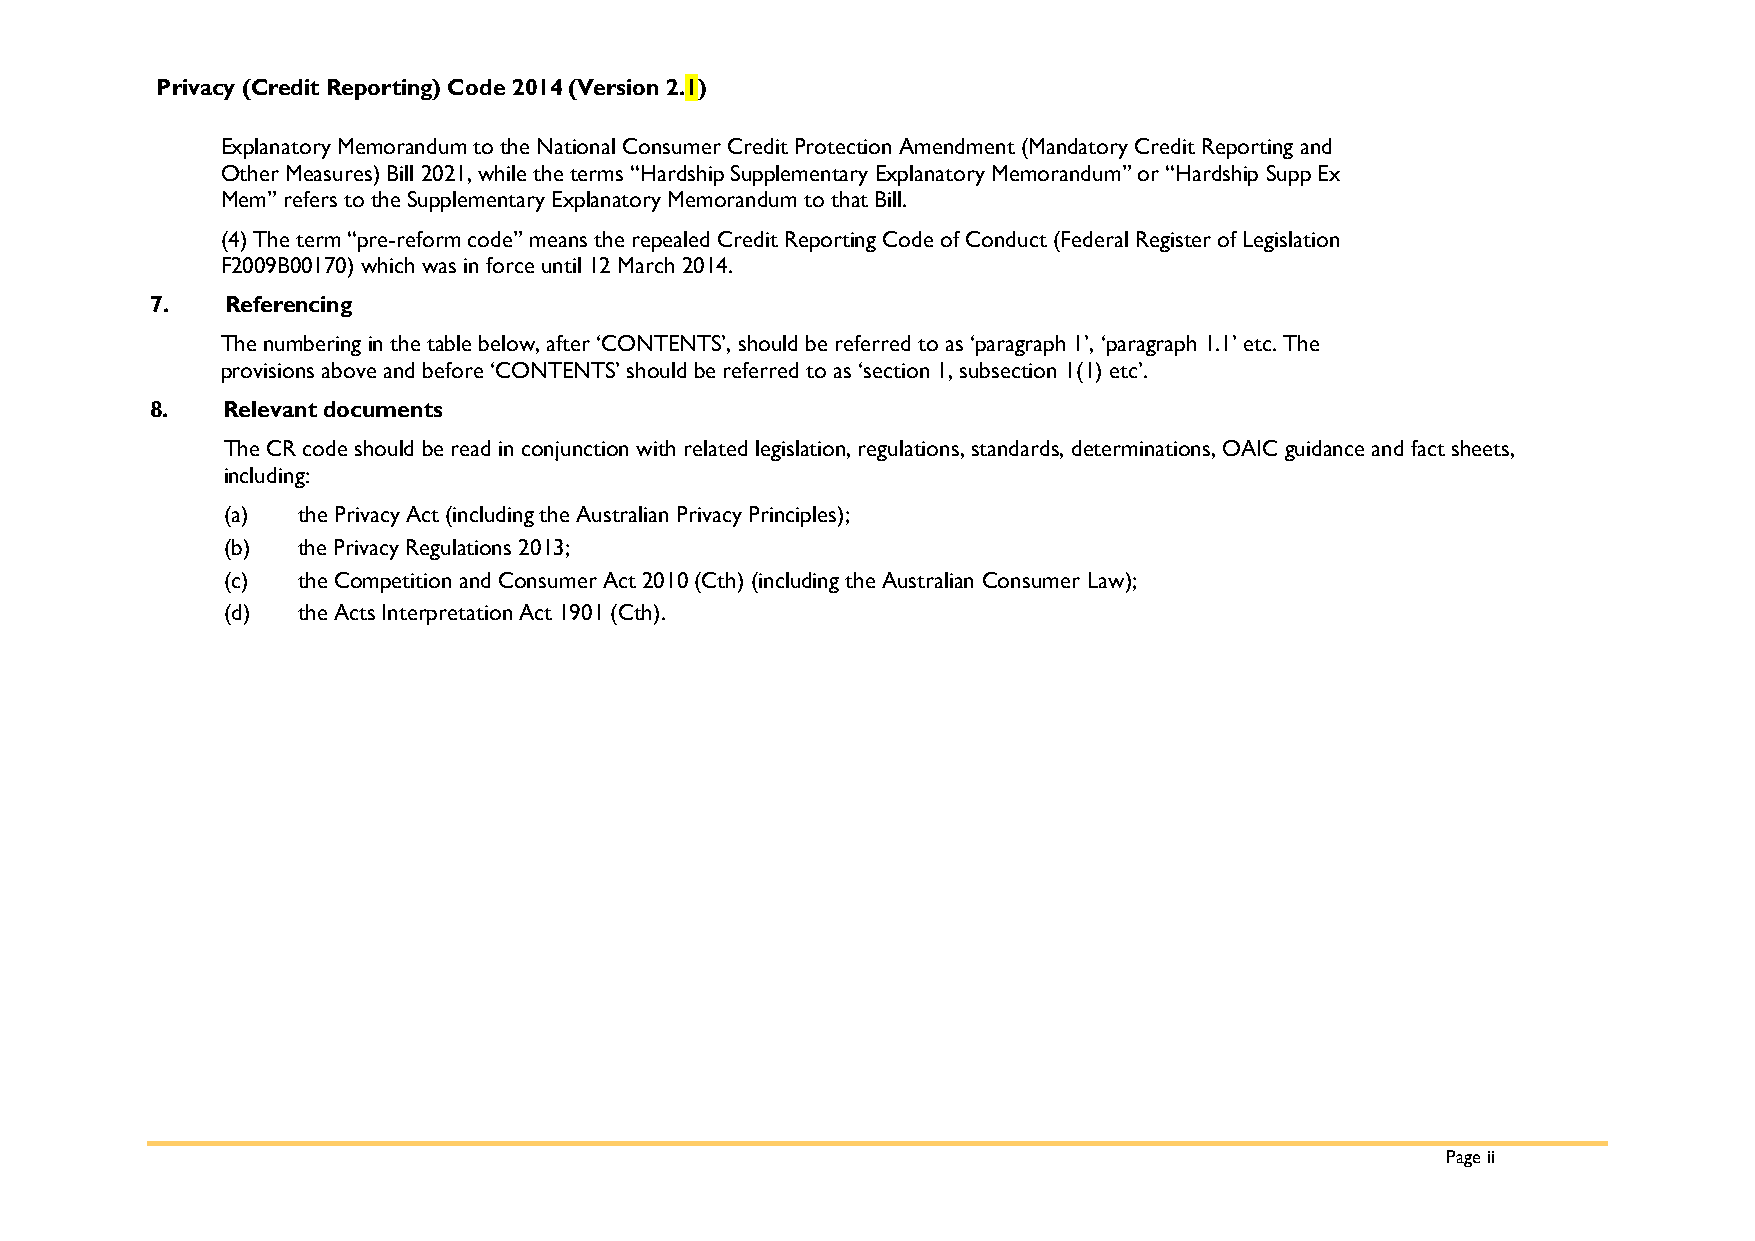
Privacy (Credit Reporting) Code 2014 (Version 2.1)
 Explanatory Memorandum to the National Consumer Credit Protection Amendment (Mandatory Credit Reporting and
 Other Measures) Bill 2021, while the terms “Hardship Supplementary Explanatory Memorandum” or “Hardship Supp Ex
 Mem” refers to the Supplementary Explanatory Memorandum to that Bill.
 (4) The term “pre-reform code” means the repealed Credit Reporting Code of Conduct (Federal Register of Legislation
 F2009B00170) which was in force until 12 March 2014.
 7.   Referencing
 The numbering in the table below, after ‘CONTENTS’, should be referred to as ‘paragraph 1’, ‘paragraph 1.1’ etc. The
 provisions above and before ‘CONTENTS’ should be referred to as ‘section 1, subsection 1(1) etc’.
 8.   Relevant documents
 The CR code should be read in conjunction with related legislation, regulations, standards, determinations, OAIC guidance and fact sheets,
 including:
 (a)  the Privacy Act (including the Australian Privacy Principles);
 (b)  the Privacy Regulations 2013;
 (c)  the Competition and Consumer Act 2010 (Cth) (including the Australian Consumer Law);
 (d)  the Acts Interpretation Act 1901 (Cth).
 Page ii